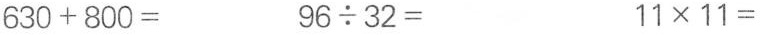
630+800= 96 \div 32= 11 \times 11=